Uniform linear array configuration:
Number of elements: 12
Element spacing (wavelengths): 0.25
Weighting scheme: blackman
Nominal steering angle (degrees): -60
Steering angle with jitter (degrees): -59.477
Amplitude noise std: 0.05
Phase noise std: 0.05

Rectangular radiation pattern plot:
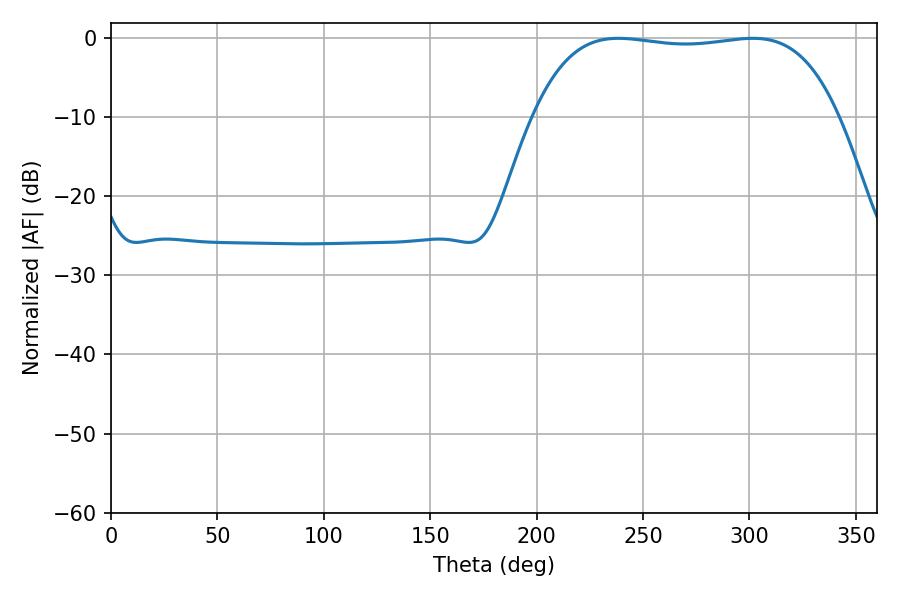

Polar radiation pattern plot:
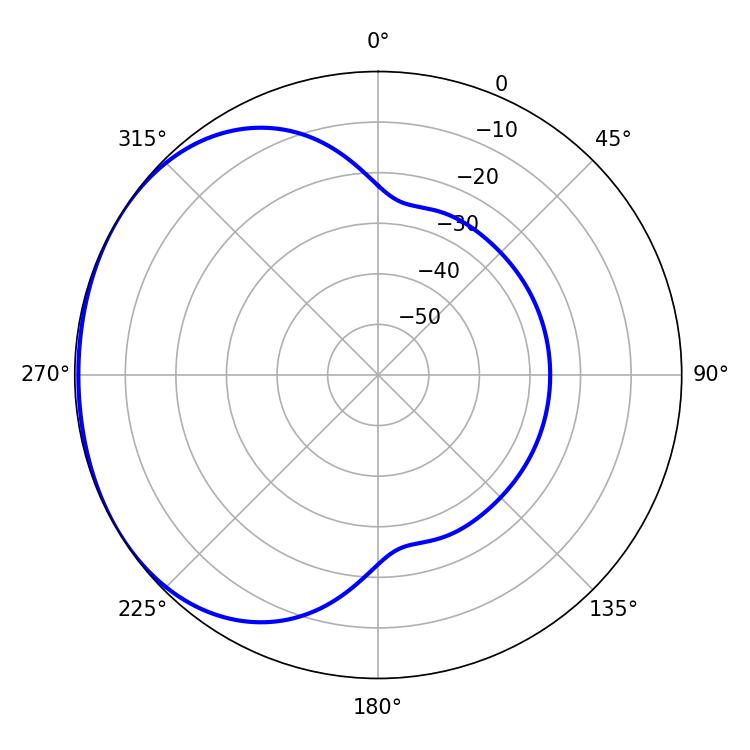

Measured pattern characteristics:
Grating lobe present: FALSE
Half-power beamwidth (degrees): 113.4
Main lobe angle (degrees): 238.5